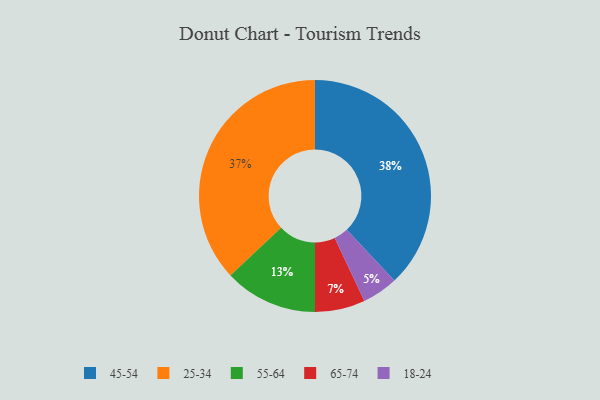
{"axis": {"x": "Category", "y": "Percentage"}, "legend": ["18-24", "25-34", "45-54", "55-64", "65-74"], "data": [{"x": "55-64", "y": 13, "type": "55-64"}, {"x": "65-74", "y": 7, "type": "65-74"}, {"x": "25-34", "y": 37, "type": "25-34"}, {"x": "18-24", "y": 5, "type": "18-24"}, {"x": "45-54", "y": 38, "type": "45-54"}]}